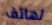
لهاتف